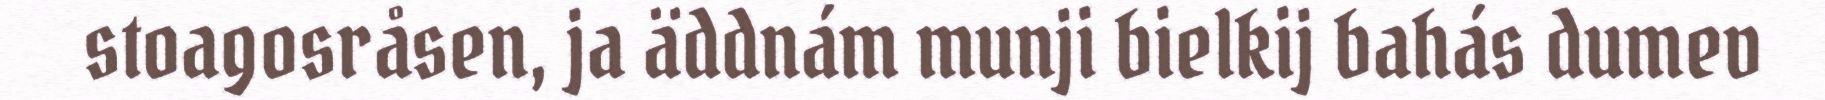
stoagosråsen, ja äddnám munji bielkij bahás dumev